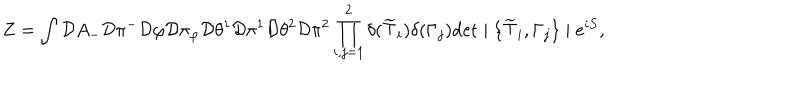
Z = \int { \cal D } A _ { - } { \cal D } \pi ^ { - } { \cal D } \varphi { \cal D } \pi _ { \varphi } { \cal D } \theta ^ { 1 } { \cal D } \pi ^ { 1 } { \cal D } \theta ^ { 2 } { \cal D } \pi ^ { 2 } \prod _ { i , j = 1 } ^ { 2 } \delta ( \widetilde { \top } _ { i } ) \delta ( \Gamma _ { j } ) \mathrm { d e t } \mid \{ \widetilde { \top } _ { i } , \Gamma _ { j } \} \mid e ^ { i S } ,